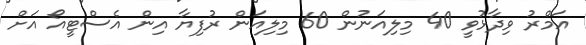
އަމްރު ވިދާޅުވީ 40 މިލިއަނުން 60 މިލިއަން ރުފިޔާ އިން އެސްޓީއޯ އަށް